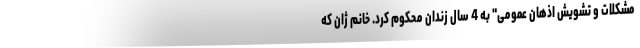
مشکلات و تشویش اذهان عمومی" به 4 سال زندان محکوم کرد. خانم ژان که